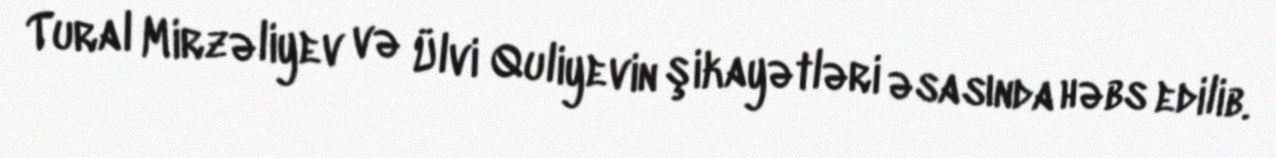
Tural Mirzəliyev və Ülvi Quliyevin şikayətləri əsasında həbs edilib.